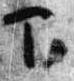
下